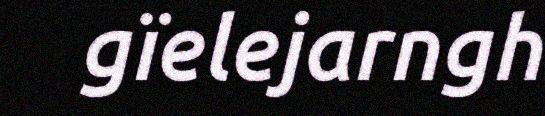
gïelejarngh